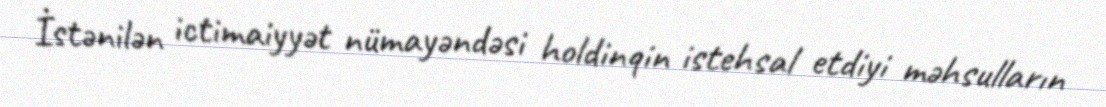
İstənilən ictimaiyyət nümayəndəsi holdinqin istehsal etdiyi məhsulların